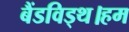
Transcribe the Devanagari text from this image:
बैंडविड्थ।हम